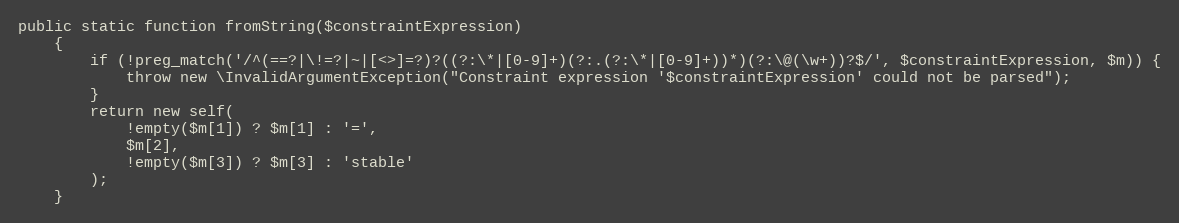
Language: PHP
public static function fromString($constraintExpression)
    {
        if (!preg_match('/^(==?|\!=?|~|[<>]=?)?((?:\*|[0-9]+)(?:.(?:\*|[0-9]+))*)(?:\@(\w+))?$/', $constraintExpression, $m)) {
            throw new \InvalidArgumentException("Constraint expression '$constraintExpression' could not be parsed");
        }
        return new self(
            !empty($m[1]) ? $m[1] : '=',
            $m[2],
            !empty($m[3]) ? $m[3] : 'stable'
        );
    }